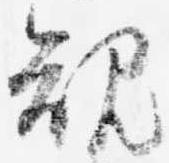
規